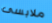
ملابسى